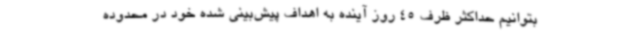
بتوانیم حداکثر ظرف 45 روز آینده به اهداف پیش‌بینی شده خود در محدوده